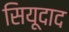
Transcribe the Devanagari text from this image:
सियूदाद